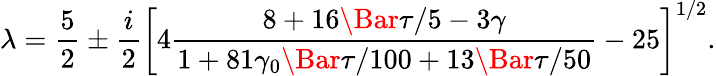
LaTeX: \lambda=\frac{5}{2}\pm\frac{i}{2}\bigg[4\frac{8+16\Bar{\tau}/5-3\gamma}{1+81\gamma_{0}\Bar{\tau}/100+13\Bar{\tau}/50}-25\bigg]^{1/2}.